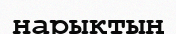
нарықтың